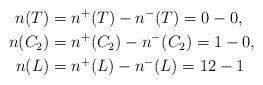
LaTeX: \begin{align*}n(T) &= n^+(T) - n^-(T) = 0 - 0, \\n(C_2) &= n^+(C_2) - n^-(C_2) = 1 - 0, \\n(L) &= n^+(L) - n^-(L) = 12 - 1 \end{align*}